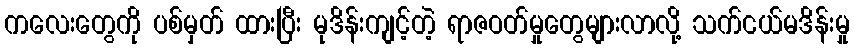
ကလေးတွေကို ပစ်မှတ် ထားပြီး မုဒိန်းကျင့်တဲ့ ရာဇဝတ်မှုတွေများလာလို့ သက်ငယ်မဒိန်းမှု